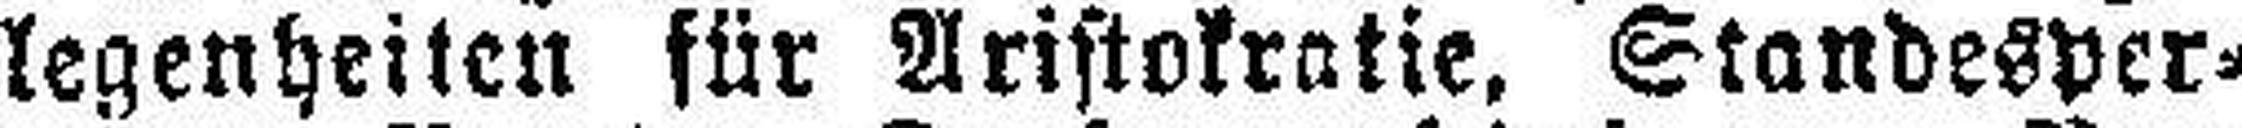
legenheiten für Aristokratie, Standesper¬